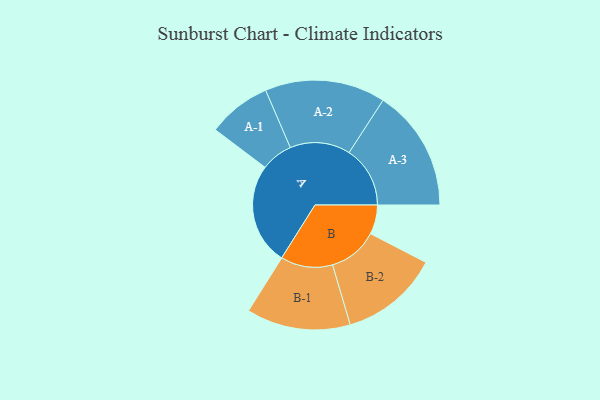
{"axis": {"x": "Segment", "y": "Value"}, "legend": ["", "A", "B"], "data": [{"x": "A", "y": 406, "type": ""}, {"x": "B", "y": 117, "type": ""}, {"x": "A-1", "y": 127, "type": "A"}, {"x": "A-2", "y": 241, "type": "A"}, {"x": "A-3", "y": 244, "type": "A"}, {"x": "B-1", "y": 208, "type": "B"}, {"x": "B-2", "y": 198, "type": "B"}]}